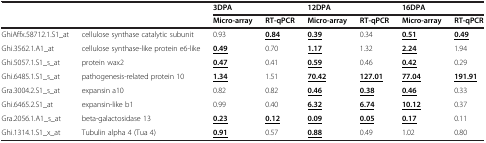
<table><thead><tr><td><b> </b></td><td><b> </b></td><td colspan="2"><b>3DPA</b></td><td colspan="2"><b>12DPA</b></td><td colspan="2"><b>16DPA</b></td></tr><tr><td><b> </b></td><td><b> </b></td><td><b>Micro-array</b></td><td><b>RT-qPCR</b></td><td><b>Micro-array</b></td><td><b>RT-qPCR</b></td><td><b>Micro-array</b></td><td><b>RT-qPCR</b></td></tr></thead><tbody><tr><td>GhiAffx.58712.1.S1_at</td><td>cellulose synthase catalytic subunit</td><td>0.93</td><td><b><underline>0.84</underline></b></td><td><b><underline>0.39</underline></b></td><td>0.34</td><td><b><underline>0.51</underline></b></td><td><b><underline>0.49</underline></b></td></tr><tr><td>Ghi.3562.1.A1_at</td><td>cellulose synthase-like protein e6-like</td><td><b><underline>0.49</underline></b></td><td>0.70</td><td><b><underline>1.17</underline></b></td><td>1.32</td><td><b><underline>2.24</underline></b></td><td>1.94</td></tr><tr><td>Ghi.5057.1.S1_s_at</td><td>protein wax2</td><td><b><underline>0.47</underline></b></td><td>0.41</td><td><b><underline>0.59</underline></b></td><td>0.46</td><td><b><underline>0.42</underline></b></td><td>0.29</td></tr><tr><td>Ghi.6485.1.S1_s_at</td><td>pathogenesis-related protein 10</td><td><b><underline>1.34</underline></b></td><td>1.51</td><td><b><underline>70.42</underline></b></td><td><b><underline>127.01</underline></b></td><td><b><underline>77.04</underline></b></td><td><b><underline>191.91</underline></b></td></tr><tr><td>Gra.3004.2.S1_s_at</td><td>expansin a10</td><td>0.82</td><td>0.82</td><td><b><underline>0.46</underline></b></td><td><b><underline>0.38</underline></b></td><td><b><underline>0.46</underline></b></td><td>0.33</td></tr><tr><td>Ghi.6465.2.S1_at</td><td>expansin-like b1</td><td>0.99</td><td>0.40</td><td><b><underline>6.32</underline></b></td><td><b><underline>6.74</underline></b></td><td><b><underline>10.12</underline></b></td><td>0.37</td></tr><tr><td>Gra.2056.1.A1_s_at</td><td>beta-galactosidase 13</td><td><b><underline>0.23</underline></b></td><td><b><underline>0.12</underline></b></td><td><b><underline>0.09</underline></b></td><td><b><underline>0.05</underline></b></td><td><b><underline>0.17</underline></b></td><td>0.11</td></tr><tr><td>Ghi.1314.1.S1_x_at</td><td>Tubulin alpha 4 (Tua 4)</td><td><b><underline>0.91</underline></b></td><td>0.57</td><td><b><underline>0.88</underline></b></td><td>0.49</td><td>1.02</td><td>0.80</td></tr></tbody></table>